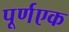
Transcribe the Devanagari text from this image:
पूर्णएक